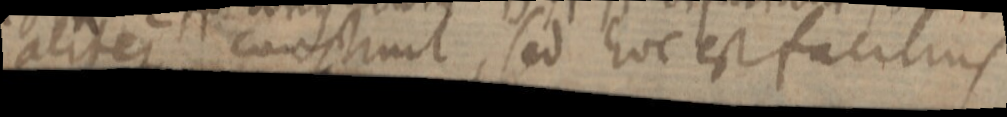
aliter construit, sed hoc est facilius